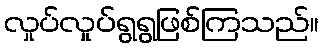
လှုပ်လှုပ်ရွရွဖြစ်ကြသည်။